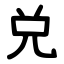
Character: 兑